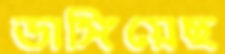
ভাঙ্গিয়েছ